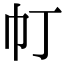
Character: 帄